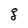
Character: g